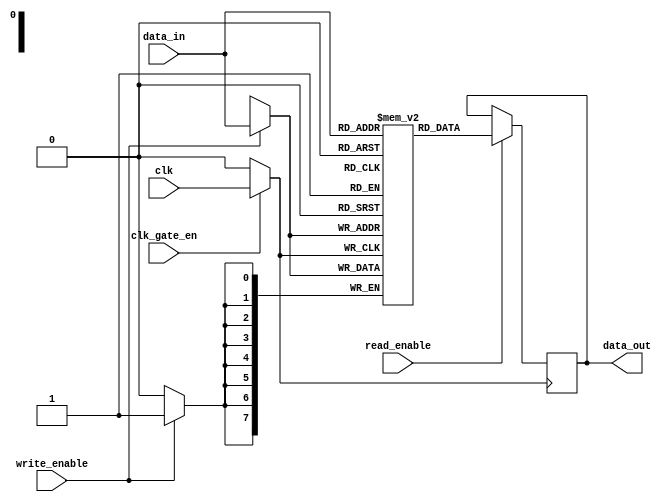
module clock_gated_memory (
    input wire clk,          // Main clock input
    input wire clk_gate_en,  // Clock gating enable signal
    input wire [7:0] data_in, // Data input for the memory
    input wire write_enable, // Write enable signal
    input wire read_enable,  // Read enable signal
    output reg [7:0] data_out // Data output from the memory
);

    // Memory storage (example: 256 x 8-bit memory)
    reg [7:0] memory [0:255];
    
    // Gated clock signal
    wire gated_clk;

    // Clock gating logic using transmission gates
    assign gated_clk = (clk_gate_en) ? clk : 1'b0; // Gated clock signal

    // Memory operations
    always @(posedge gated_clk) begin
        if (write_enable) begin
            // Write data to memory
            memory[data_in[7:0]] <= data_in; // Assuming data_in carries the address
        end
        if (read_enable) begin
            // Read data from memory
            data_out <= memory[data_in[7:0]]; // Assuming data_in carries the address
        end
    end

endmodule